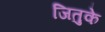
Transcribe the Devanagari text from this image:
जितुके